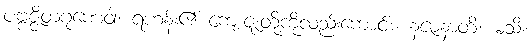
ပဗ္ဗဇ္ဇိတဂုဏေဝါ၊ ရဟန်း၏ ကျေးဇူးတို့ကိုလည်းကောင်း။ နဇာနာတိ၊ မသိ။